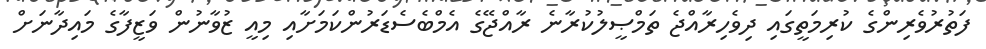
ފަތުރުވެރިންގެ ކުރިމަތީގައި ދިވެހިރާއްޖެ ތަމްޞީލުކުރާނެ ރާއްޖޭގެ އެމްބެސެޑަރުންކަމަށާއި މިއީ ޒުވާނުން ވަޒީފާގެ މައިދާނަށް